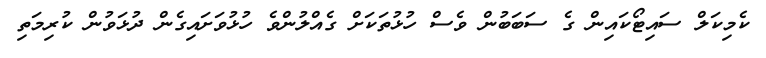
ކެމިކަލް ސައިޓޯކައިން ގެ ސަބަބުން ވެސް ހުޅުތަކަށް ގެއްލުންވެ ހުޅުވަށައިގެން ދުޅަވުން ކުރިމަތި